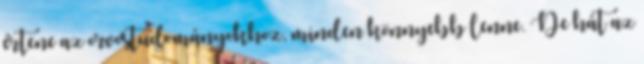
értene az orvostudományokhoz, minden könnyebb lenne. De hát az